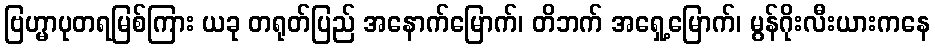
ဗြဟ္မာပုတရမြစ်ကြား ယခု တရုတ်ပြည် အနောက်မြောက်၊ တိဘက် အရှေ့မြောက်၊ မွန်ဂိုးလီးယားကနေ